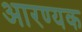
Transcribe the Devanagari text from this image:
आरण्‍यक